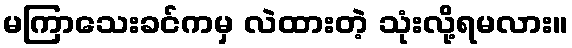
မကြာသေးခင်ကမှ လဲထားတဲ့ သုံးလို့ရမလား။